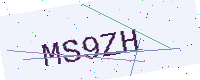
Text: MS9ZH